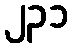
၂၃၁